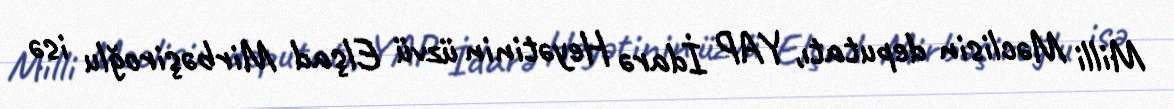
Milli Məclisin deputatı, YAP İdarə Heyətinin üzvü Elşad Mirbəşiroğlu isə